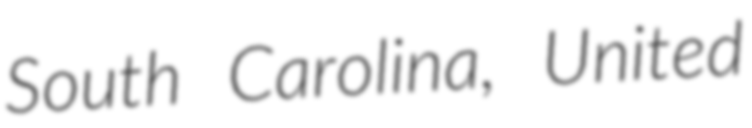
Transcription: South Carolina, United